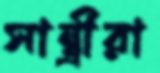
সান্ত্রীরা